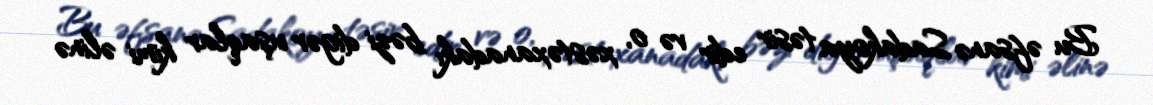
Bu əfsanə Sadakoya təsir edir və o, xəstəxanadakı bəzi digər uşaqlar kimi əlinə